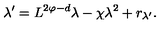
\lambda ^ { \prime } = L ^ { 2 \varphi - d } \lambda - \chi \lambda ^ { 2 } + r _ { \lambda ^ { \prime } } .